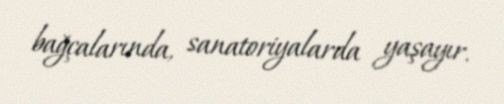
bağçalarında, sanatoriyalarda yaşayır.